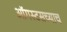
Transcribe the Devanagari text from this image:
ऑगस्टसच्याच